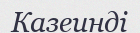
Казеинді